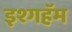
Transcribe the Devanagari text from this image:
इश्गहॅम